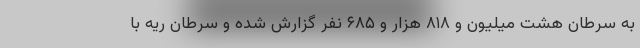
به سرطان هشت میلیون و ۸۱۸ هزار و ۶۸۵ نفر گزارش شده و سرطان ریه با